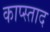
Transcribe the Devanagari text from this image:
काप्स्ताद